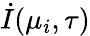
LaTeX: \dot{I}(\mu_{i},\tau)